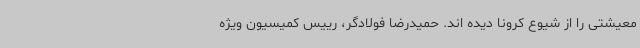
معیشتی را از شیوع کرونا دیده اند. حمیدرضا فولادگر، رییس کمیسیون ویژه